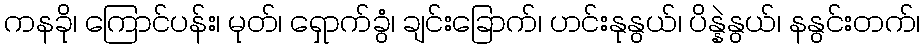
ကနခို၊ ကြောင်ပန်း၊ မုတ်၊ ရှောက်ခွံ၊ ချင်းခြောက်၊ ဟင်းနုနွယ်၊ ပိန္နဲနွယ်၊ နနွင်းတက်၊